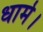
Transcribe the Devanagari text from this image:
धामे।